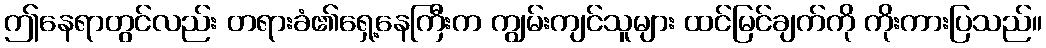
ဤနေရာတွင်လည်း တရားခံ၏ရှေ့နေကြီးက ကျွမ်းကျင်သူများ ထင်မြင်ချက်ကို ကိုးကားပြသည်။